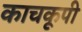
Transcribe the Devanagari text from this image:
काचकूपी